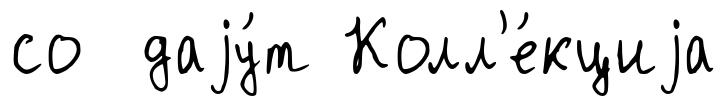
со даjу́т Колл'е́кциjа